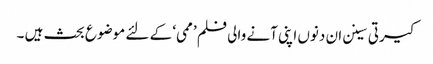
کیرتی سینن ان دنوں اپنی آنے والی فلم ’ممی‘ کے لئے موضوع بحث ہیں ۔